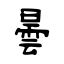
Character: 曇